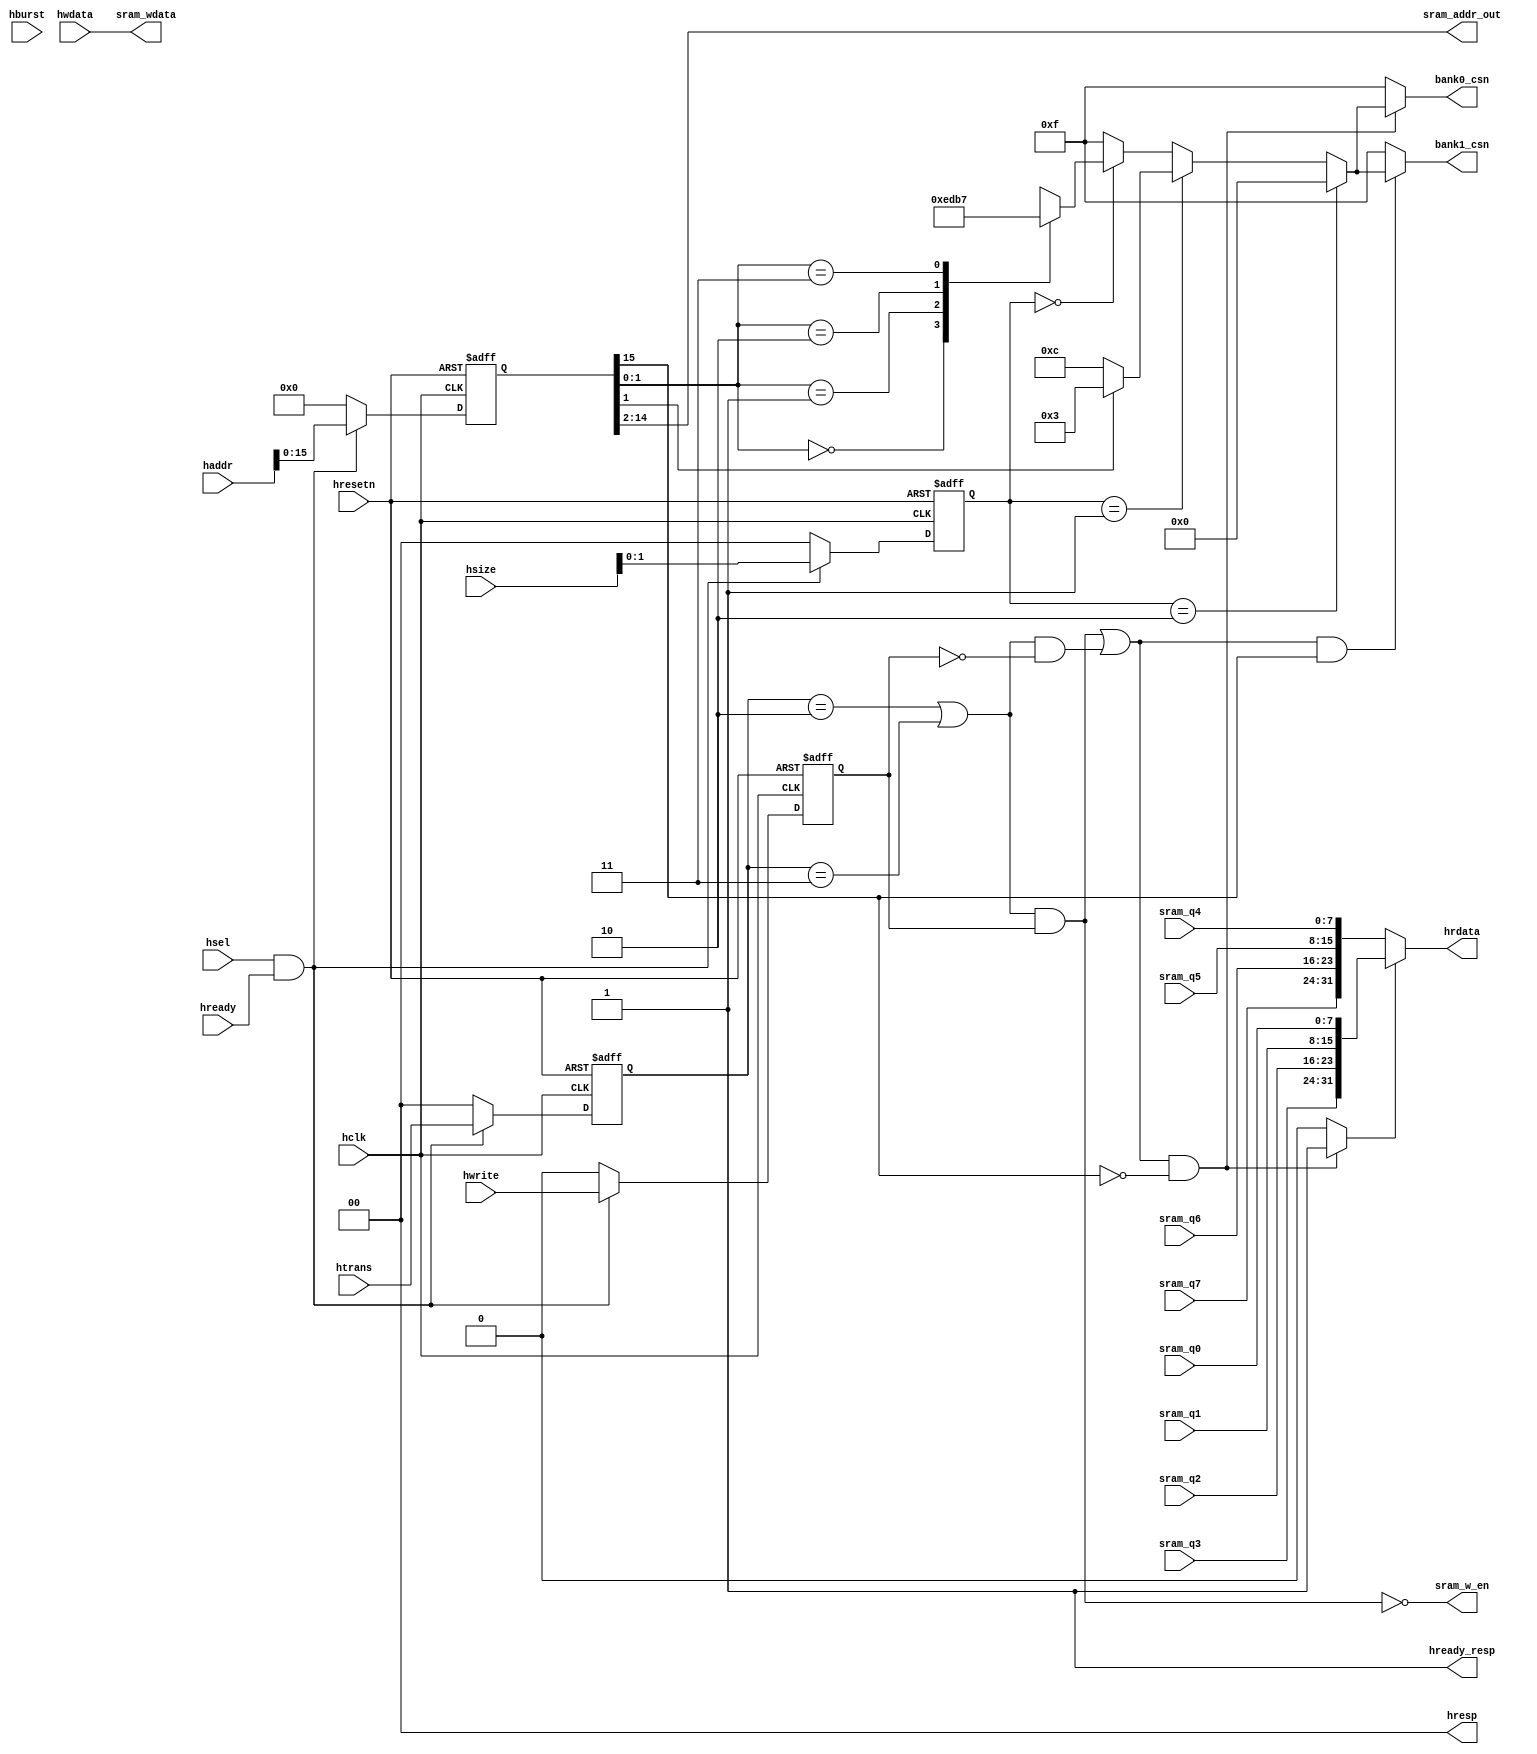
//============================================================================
//  Function    : AMBA 2.0 AHB Slave interface                                
//                Connect the sram controller into AHB bus and generate           
//                sram control signals: sram address, rd/wr operation and chip   
//                select signals etc.                                         
//  Version     : 0.1                                                         
//----------------------------------------------------------------------------
//  Version     : 1.0                                                         
//  Description : added "default case" in case(haddr_sel) list.               
//----------------------------------------------------------------------------
//  Version     : 1.1                                                         
//  Description : Added function which clear all the AHB control registers     
//                hsel actives low.                                           
//----------------------------------------------------------------------------
//  Version     : 1.2                                                         
//  Description : Modified hready in signals which "and" with sram control     
//                signals.                                                    
//============================================================================

module ahb_slave_if(

  //input signals
  input			   hclk,
  input			   hresetn,
  input			   hsel,
  input			   hwrite,
  input			   hready,
  input	[2:0]	 hsize,
  input [1:0]	 htrans,
  input [2:0]  hburst,   // hard code -> parameter
  input [31:0] hwdata,
  input [31:0] haddr,
  
  //output signals
  output		  	hready_resp,
  output [1:0]	hresp,
  output [31:0]	hrdata,
  
  //sram output
  input [7:0]	 sram_q0, // 8bits
  input [7:0]	 sram_q1,
  input [7:0]	 sram_q2,
  input [7:0]	 sram_q3,
  input [7:0]	 sram_q4,
  input [7:0]	 sram_q5,
  input [7:0]	 sram_q6,
  input [7:0]	 sram_q7,
  
  
  output		   	sram_w_en,      // 0:write, 1:read
  output [12:0]	sram_addr_out,
  output [31:0] sram_wdata,     //sram
  output [3:0]	bank0_csn,      //
  output [3:0]	bank1_csn
  );

  //-------------------------------------------------------
  //internal registers used for temp the input ahb signals
  //-------------------------------------------------------
  //temperate all the AHB input signals
  reg        hwrite_r;
  reg [2:0]  hsize_r ;    
  reg [2:0]  hburst_r;
  reg [1:0]  htrans_r;
  reg [31:0] haddr_r;

  reg [3:0]  sram_csn; 
  
  //------------------------------------------------------
  //Internal signals
  //------------------------------------------------------
  //"haddr_sel " and "hsize_sel" used to generate banks of
  //sram: "bank0_sel" and "bank1_sel".
  wire [1:0] haddr_sel;
  wire [1:0] hsize_sel;
  wire bank_sel;

  wire sram_csn_en;          //sram chip select enable

  wire sram_write;           //sram write enable signal from AHB bus
  wire sram_read;            //sram read enable signal from AHB bus
  wire [15:0] sram_addr;     //sram address from AHB bus
  wire [31:0] sram_data_out; //data read from sram and send to AHB bus

  parameter     IDLE   = 2'b00,
                BUSY   = 2'b01,
		            NONSEQ = 2'b10,
		            SEQ    = 2'b11;

  //---------------------------------------------------------
  //  Combinatorial portion
  //---------------------------------------------------------

  //assign the response and read data of the ahb slave 
  //In order to implement the sram function-writing or reading
  //in one cycle, the value of hready_resp is always "1". 
  assign hready_resp = 1'b1; // Singal Cycle
  assign hresp  = 2'b00;     // OK
  
  //---------------------------------------------------------
  //sram data output to AHB bus
  //---------------------------------------------------------
  assign   hrdata = sram_data_out; //CPUSRAM

  //Choose the right data output of the two banks(bank0, bank1) according
  //to the value of bank_sel. If bank_sel = 1'b1, bank0 sleceted, or 
  //bank1 selected.
  assign  sram_data_out = (bank_sel) ?  
                          {sram_q3, sram_q2, sram_q1, sram_q0} :
                          {sram_q7, sram_q6, sram_q5, sram_q4} ;

  //Generate sram write and read enable signals.
  assign sram_write = ((htrans_r == NONSEQ) || (htrans_r == SEQ)) && hwrite_r;
  assign sram_read =  ((htrans_r == NONSEQ) || (htrans_r == SEQ)) && (!hwrite_r);
  assign sram_w_en = !sram_write;

  //generate sram address
  //SRAM64K 0x0--0xffff
  assign sram_addr = haddr_r [15:0];//64K 8*8K
  assign sram_addr_out = sram_addr[14:2];
  
  //Generate bank select signals by the value of sram_addr[15].
  //Each bank(32kx32) comprises of four sram block(8kx8), and
  //the width of the address of the bank is 15 bits(14~0), so 
  //the sram_addr[15] is the minimun of the next bank. If its 
  //value is "1", it means the next bank is selcted. 
  assign sram_csn_en = (sram_write || sram_read);
  //32K bank0 32K bank1
  assign bank_sel  = (sram_csn_en && (sram_addr[15] == 1'b0)) ? 1'b1 : 1'b0;
  assign bank0_csn = (sram_csn_en && (sram_addr[15] == 1'b0)) ? sram_csn : 4'b1111;
  assign bank1_csn = (sram_csn_en && (sram_addr[15] == 1'b1)) ? sram_csn : 4'b1111;

  //signals used to generating sram chip select signal in one bank.
  assign haddr_sel = sram_addr[1:0];
  assign hsize_sel = hsize_r [1:0];

  //-------------------------------------------------------
  //data from ahb writing into sram
  //-------------------------------------------------------
  assign sram_wdata = hwdata;
  
  //-------------------------------------------------------
  //Generate the sram chip selecting signals in one bank.
  //The resluts show the AHB bus write or read how many data
  //once a time: byte, halfword or word.
  //---------------------------------------------------------
  always@(hsize_sel or haddr_sel) begin
    if(hsize_sel == 2'b10)//32bit
      sram_csn = 4'b0;
    else if(hsize_sel == 2'b01) begin//16bit
      if(haddr_sel[1] == 1'b0) //little-endian
        sram_csn = 4'b1100;
      else
        sram_csn = 4'b0011;
    end
    else if(hsize_sel == 2'b00) begin//8bit
      case(haddr_sel)
        2'b00 : sram_csn = 4'b1110;
        2'b01 : sram_csn = 4'b1101;
        2'b10 : sram_csn = 4'b1011;
        2'b11 : sram_csn = 4'b0111;
        default : sram_csn = 4'b1111;
      endcase
    end
    else
      sram_csn = 4'b1111;
  end

  //--------------------------------------------------------
  //  Sequential portion
  //--------------------------------------------------------

  //tmp the ahb address and control signals
  always@(posedge hclk , negedge hresetn) begin
    if(!hresetn) begin
      hwrite_r  <= 1'b0  ;
      hsize_r   <= 3'b0  ;  
      hburst_r  <= 3'b0  ;
      htrans_r  <= 2'b0  ;
      haddr_r   <= 32'b0 ;
    end
    else if(hsel && hready) begin //hsel
      hwrite_r  <= hwrite ;//SRAM
      hsize_r   <= hsize  ;  
 //   hburst_r  <= hburst ;//AHBmasterburstAXIREG
      htrans_r  <= htrans ;
      haddr_r   <= haddr  ;
    end else begin
      hwrite_r  <= 1'b0  ;
      hsize_r   <= 3'b0  ;  
      hburst_r  <= 3'b0  ;
      htrans_r  <= 2'b0  ;
      haddr_r   <= 32'b0 ;
    end
  end

endmodule